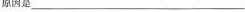
原因是___